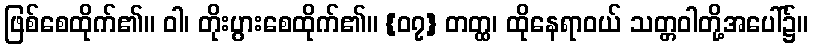
ဖြစ်စေထိုက်၏။ ဝါ၊ တိုးပွားစေထိုက်၏။ {၀၇} တတ္ထ၊ ထိုနေရာဝယ် သတ္တဝါတို့အပေါ်၌။